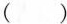
( )